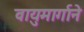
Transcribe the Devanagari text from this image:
वायुमार्गाने